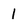
Character: 1